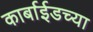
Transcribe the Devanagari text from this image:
कार्बाईडच्या